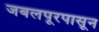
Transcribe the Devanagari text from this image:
जबलपूरपासून